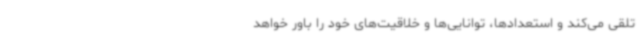
تلقی می‌کند و استعدادها، توانایی‌ها و خلاقیت‌های خود را باور خواهد